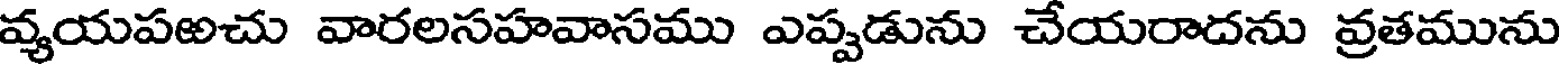
వ్యయపఱచు వారలసహవాసము ఎప్పడును చేయరాదను వ్రతమును